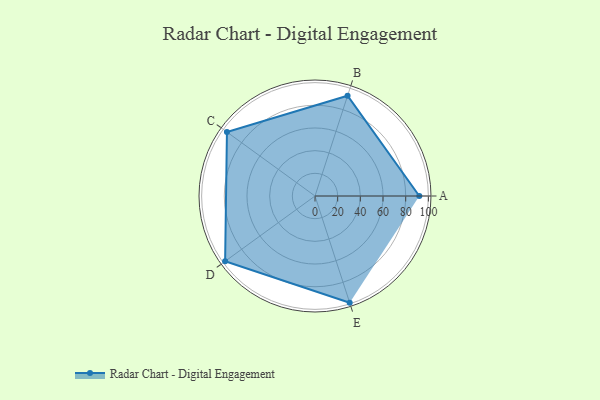
{"axis": {"x": "Skill", "y": "Score"}, "legend": ["Profile"], "data": [{"x": "A", "y": 92.0, "type": "Profile"}, {"x": "B", "y": 93.0, "type": "Profile"}, {"x": "C", "y": 96.0, "type": "Profile"}, {"x": "D", "y": 98.0, "type": "Profile"}, {"x": "E", "y": 99, "type": "Profile"}]}